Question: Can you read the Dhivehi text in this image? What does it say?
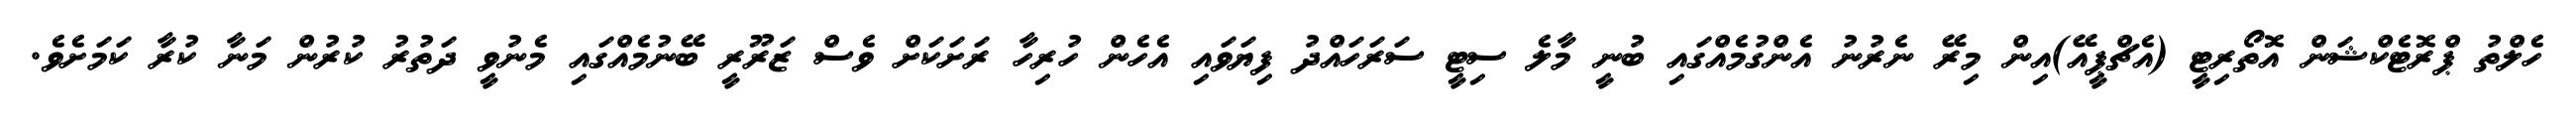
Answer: ހެލްތު ޕްރޮޓެކްޝަން އޮތޯރިޓީ (އެޗްޕީއޭ)އިން މިރޭ ނެރުނު އެންގުމެއްގައި ބުނީ މާލެ ސިޓީ ސަރަހައްދު ފިޔަވައި އެހެން ހުރިހާ ރަށަކަށް ވެސް ޒަރޫރީ ބޭނުމެއްގައި މެނުވީ ދަތުރު ކުރުން މަނާ ކުރާ ކަމަށެވެ.